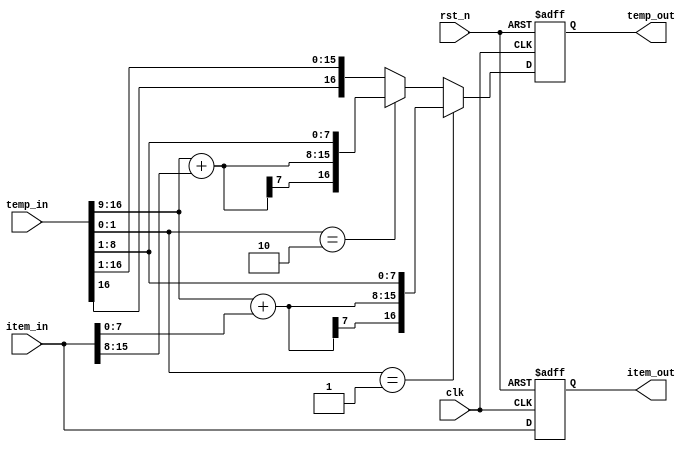
module booth_process_module(
    clk,
    rst_n,
    temp_in,
    item_in,
    temp_out,
    item_out
    );
    
    input clk;
    input rst_n;
    
    input [16:0]temp_in;
    input [15:0]item_in;
    
    output [16:0]temp_out;
    output [15:0]item_out;
    
    /*******************************/
    
    reg [7:0]diff1;
    reg [7:0]diff2;
    
    reg [16:0]temp;
    reg [15:0]item;
    
    always @(posedge clk or negedge rst_n) begin
        if (!rst_n) begin
            diff1 <= 8'd0;
            diff2 <= 8'd0;
            temp <= 17'd0;
            item <= 16'd0;
        end
        else begin
            diff1 = temp_in[16:9] + item_in[7:0];
            diff2 = temp_in[16:9] + item_in[15:8];
        
            if (temp_in[1:0] == 2'b01)
                temp <= {diff1[7], diff1, temp_in[8:1]};
            else if (temp_in[1:0] == 2'b10)
                temp <= {diff2[7], diff2, temp_in[8:1]};
            else
                temp <= {temp_in[16], temp_in[16:1]};
            
            item <= item_in;
        end
    end
    
    assign temp_out = temp;
    assign item_out = item;
    
endmodule